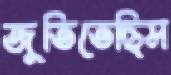
জুতিতেছিস